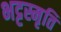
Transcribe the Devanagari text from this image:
भट्टस्मृति